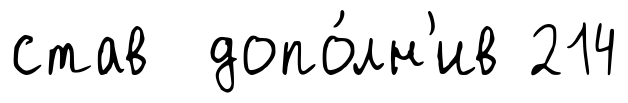
став допо́лн'ив 214